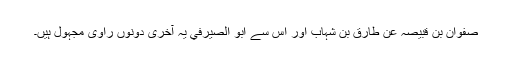
صفوان بن قبیصہ عن طارق بن شہاب اور اس سے ابو الصیرفي یہ آخری دونوں راوی مجہول ہیں۔